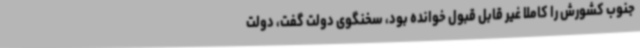
جنوب کشورش را کاملا غیر قابل قبول خوانده بود، سخنگوی دولت گفت، دولت